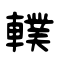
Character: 轐